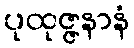
ပုထုဇ္ဇနာနံ